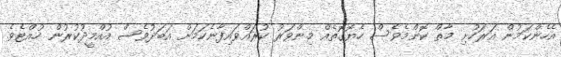
އެހެންކަމުން އަރަހުށި މާތް ކޮންމެވެސް ހެޔޮގޮތެއް މިންވަރު ކުރައްވައިފާނެކަމަށް އަބަދުވެސް އުއްމީދުކުރުން ހުއްޓެވެ.